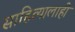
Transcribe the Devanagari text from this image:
साहित्यालाही